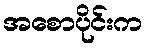
အစောပိုင်းက